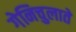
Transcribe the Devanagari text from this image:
गेनिचुलाते